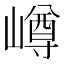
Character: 嶟